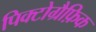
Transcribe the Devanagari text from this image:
पिक्टोग्रैफ़िक